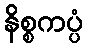
နိစ္စကပ္ပံ